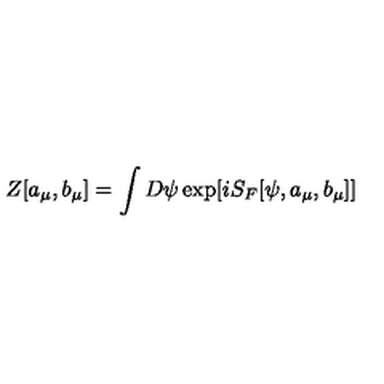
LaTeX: Z [ a _ { \mu } , b _ { \mu } ] = \int D \psi \exp [ i S _ { F } [ \psi , a _ { \mu } , b _ { \mu } ] ]